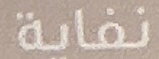
نفاية